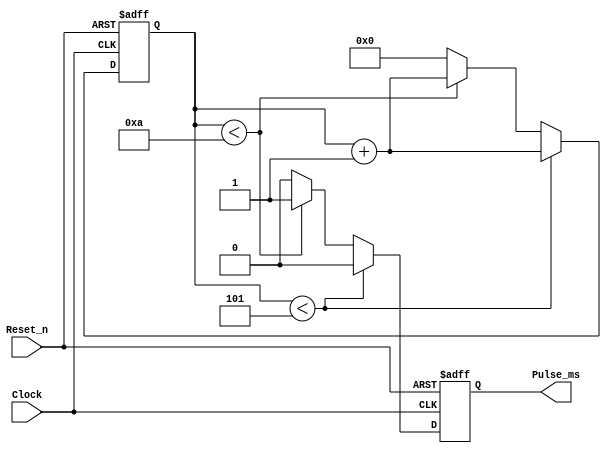
module clock_divider (input Clock, Reset_n, output reg Pulse_ms);
	
	parameter factor=10; //50000;	// 32'h000061a7;
	
	reg [31:0] countQ;
	
	
	always @ (posedge Clock, negedge Reset_n)
	begin
		if (!Reset_n) begin
				countQ<=0;
				Pulse_ms<=0;
			end 
		else
			begin 
				if (countQ<factor/2) 
					begin
						countQ<=countQ+1;
						Pulse_ms<=0;
					end
				else if (countQ<factor) 
					begin
						countQ<=countQ+1;
						Pulse_ms<=1;
					end
				else	//countQ==factor					
					begin 
						countQ<=0;
						Pulse_ms<=0;
					end	
					
			end 

	
	
	end
	
	
	
	
	
	
	
	
endmodule